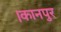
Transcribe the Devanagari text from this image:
।कानपुर